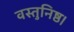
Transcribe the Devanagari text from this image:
वस्तुनिष्ठ।